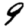
Digit: 9